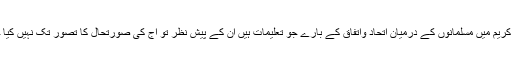
‘‘ قرآن کریم میں مسلمانوں کے درمیان اتحاد واتفاق کے بارے جو تعلیمات ہیں ان کے پیش نظر تو آج کی صورتحال کا تصور تک نہیں کیا جاسکتا۔